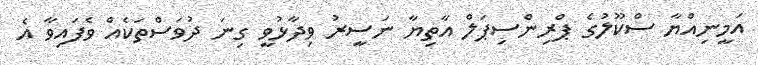
އަމީނިއްޔާ ސްކޫލުގެ ޕްރިންސިޕަލް އާތިޔާ ނަސީރު ވިދާޅުވީ ގިނަ ދުވަސްތަކެއް ވެފައިވާ އެ